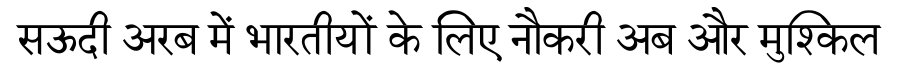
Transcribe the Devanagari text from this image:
सऊदी अरब में भारतीयों के लिए नौकरी अब और मुश्किल